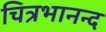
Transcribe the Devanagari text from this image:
चित्रभानन्द